Account of plague administration in the Bombay Presidency from September 1896 till May 1897
Year: 1896
Disease focus: Plague
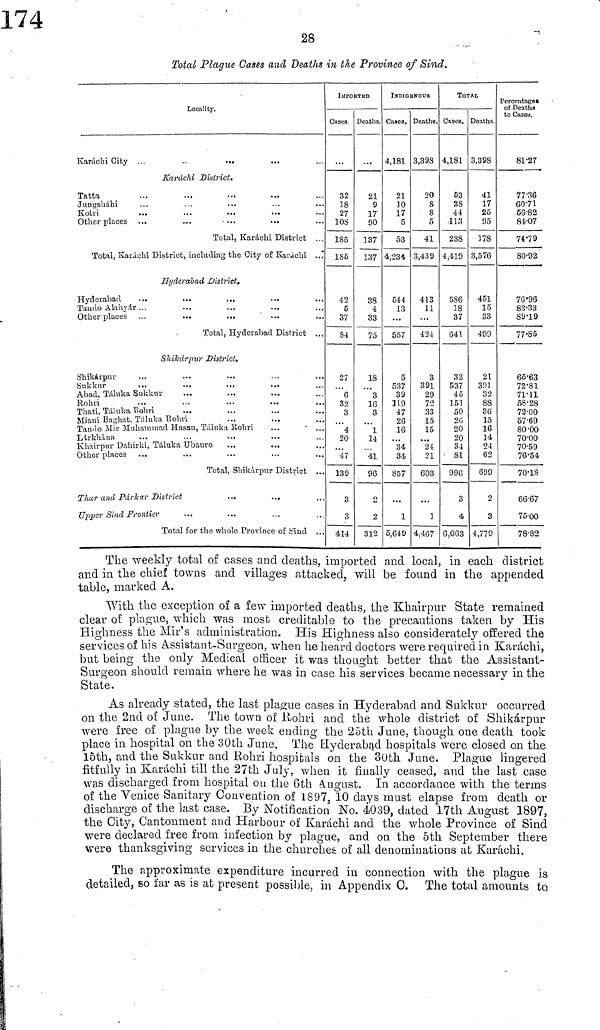
28
Total Plague Cases and Deaths in ilie Province of Sind.
Locality.
Karáchi
City
Karáchi District.
Tatta
Jungsháhi
Kotri
Other places
Total, Karachi District
Total, Karachi District, including the City of Karachi
Hyderabad District,
Hyderabad
Tan do Alahyár
Other places
Total, Hyderabad District
Shikarpur District.
Shikárpur
Sukkur
Abad, Táluka Sukknr
Rohri
Thati, Taluka Rohri
Miani Baghat, Táluka Rohri
Tando Mir Muhammad Hasan, Táluka Rohri
Lákhána
Khairpur Dahirki, Táluka Ubauro
Other places
Total, Shikárpur District
Thar and Párkar District
Upper Sind Frontier
Total for the whole Province of Sind
IMPORTED
Cases.
32
18
27
108
185
185
42
5
37
84
27
6
32
3
4
20
47
139
3
3
414
Deaths.
21
9
17
90
137
137
38
4
33
75
18
3
16
3
1
14
41
96
2
2
312
INDIGENOUS
Cases.
4, 181
21
10
17
5
53
4, 234
544
13
557
5
537
39
119
47
26
16
34
34
857
...
1
5, 610
Deaths.
3, 398
20
8
8
5
41
3,439
413
11
424
3
391
29
72
33
15
15
"24
21
603
1
4,467
TOTAL
Cases.
4,181
63
28
44
113
238
4,419
586
18
37
641
32
537
45
151
50
26
20
20
34
81
996
3
4
6,063
Deaths.
3,398
41
17
25
95
178
3,576
451
15
33
499
21
391
32
88
36
15
16
14
24
G2
699
2
3
4,779
Percentages
of Deaths
to Cases.
81.27
77 . 36
60.71
56.82
84.07
74.79
80.92
76.96
83.33
89.19
77.85
65.63
72·81
71.11
58.28
72.00
57.69
80.00
70.00
70·59
76.54
70.18
66.67
75.00
78.82
The weekly total of cases and deaths, imported and local, in each district
and in the chief towns and villages attacked, will be found in the appended
table, marked A.
With the exception of a few imported deaths, the Khairpur State remained
clear of plague, which was most creditable to the precautions taken by His
Highness the Mir's administration. His Highness also considerately offered the
services of his Assistant-Surgeon, when he heard doctors were required in Karachi,
but being the only Medical officer it was thought better that the Assistant-
Surgeon should remain where he was in case his services became necessary in the
State.
As already stated, the last plague cases in Hyderabad and Sukkur occurred
on the 2nd of June. The town of Rohri and the whole district of Shikárpur
were free of plague by the week ending the 25th June, though one death took
place in hospital on the 30th June. The Hyderabad hospitals were closed on the
l5th, and the Sukkur and Rohri hospitals on the 30th June. Plague lingered
fitfully in Karachi till the 27th July, when it finally ceased, and the last case
was discharged from hospital on the 6th August. In accordance with the terms
of the Venice Sanitary Convention of 1897, 10 days must elapse from death or
discharge of the last case. By Notification No. 4039, dated 17th August 1897,
the City, Cantonment and Harbour of Karachi and the whole Province of Sind
were declared free from infection by plague, and on the 5th September there
were thanksgiving services in the churches of all denominations at Karachi.
The approximate expenditure incurred in connection with the plague is
detailed, so far as is at present possible, in Appendix C. The total amounts to